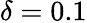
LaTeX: \delta=0.1